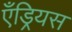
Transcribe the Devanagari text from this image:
एँड्रियस